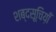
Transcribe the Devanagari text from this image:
शब्दसूचिय़ाँ